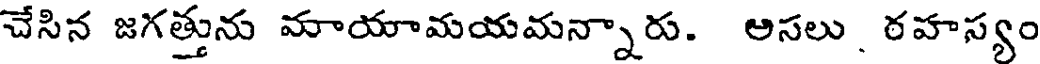
చేసిన జగత్తును మాయామయమన్నారు. అసలు రహస్యం